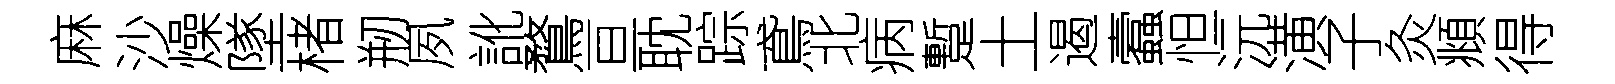
麻沙燥墜楮剏夙訛鶩亘耽踪鳶北病蹔土遏蠧怛沅潢子灸頫得